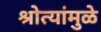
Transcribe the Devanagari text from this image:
श्रोत्यांमुळे